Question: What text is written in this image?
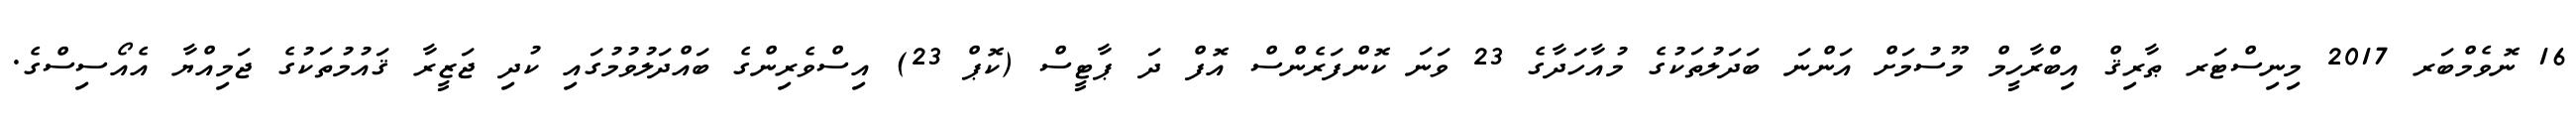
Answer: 16 ނޮވެމްބަރ 2017 މިނިސްޓަރ ޠާރިޤް އިބްރާހީމް މޫސުމަށް އަންނަ ބަދަލުތަކުގެ މުއާހަދާގެ 23 ވަނަ ކޮންފަރެންސް އޮފް ދަ ޕާޓީސް (ކޮޕް 23) އިސްވެރިންގެ ބައްދަލުވުމުގައި ކުދި ޖަޒީރާ ޤައުމުތަކުގެ ޖަމިއްޔާ އެއޯސިސްގެ.